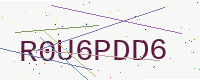
Text: R0U6PDD6